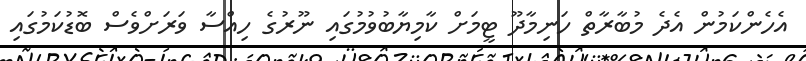
އެހެންކަމުން އެދެ މުބާރާތް ހަނިމާދޫ ޓީމަށް ކާމިޔާބުވުމުގައި ނޫރުގެ ހިއްސާ ވަރަށްވެސް ބޮޑުކަމުގައި